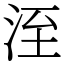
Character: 洷